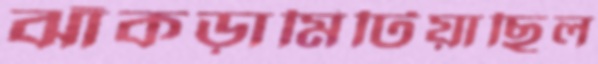
ঝাঁকড়ামিটিয়াছিল